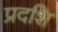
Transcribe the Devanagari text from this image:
प्रदशि